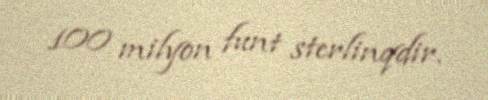
100 milyon funt sterlinqdir.